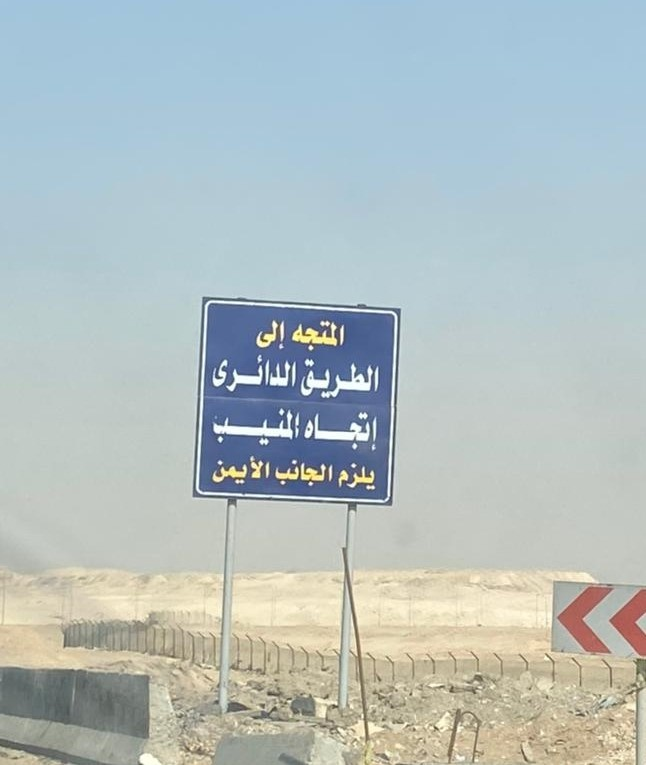
Text in image: إلى المتجه الدائرى الطريق المنيب إتجاه الأيمن الجانب يلزم